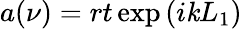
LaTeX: a(\nu)=rt\exp{(i\mathit{k}L_{1})}